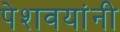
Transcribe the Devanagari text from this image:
पेशवयांनी